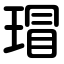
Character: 瑁